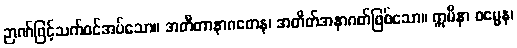
ဉာဏ်ဖြင့်သက်ဝင်အပ်သော။ အတီတာနာဂတေန၊ အတိတ်အနာဂတ်ဖြစ်သော။ ဣမိနာ ဓမ္မေန၊